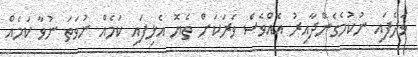
ވަދެފައި ނުކުމެގެންދާއިރު އެއްވެސް ވަރަކަށް ތެޔޮ އެޅިފައި ކަމެއް ނުވަތަ ނުވާ ކަމެއް